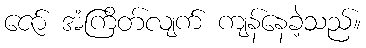
ဇော် အံကြိတ်လျက် ကျန်နေခဲ့သည်။